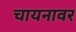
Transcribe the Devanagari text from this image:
चायनावर